Account of plague administration in the Bombay Presidency from September 1896 till May 1897
Year: 1896
Disease focus: Plague
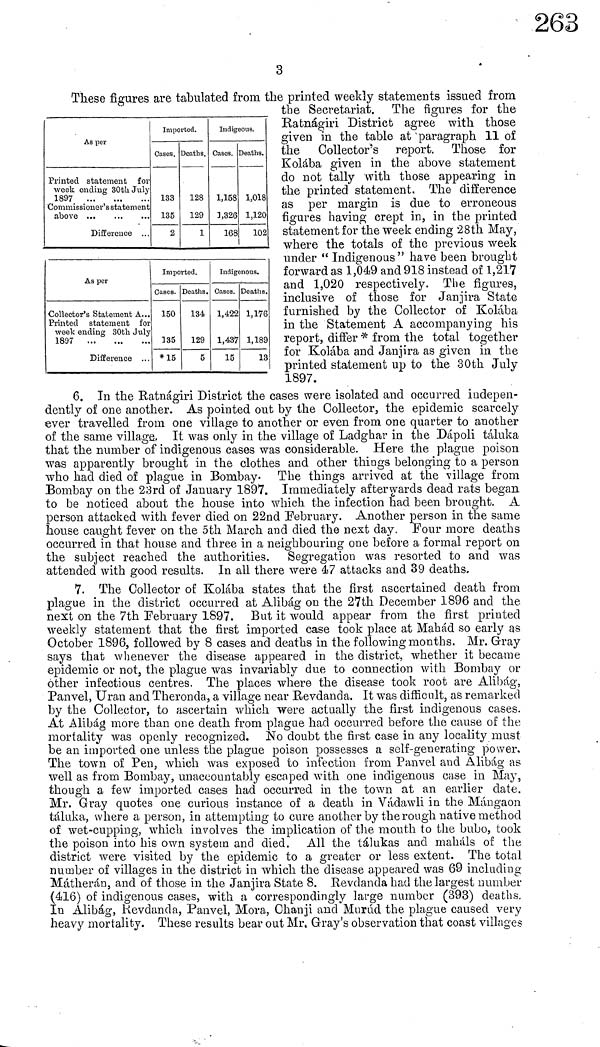
3
As pel-
Printed statement for
week ending 30th July
1897
'Commissioner's statement
above ...
Difference . . .
Imported.
Cases,
133
135
2
Deaths,
128
129
1
Indigeous.
Cases.
1,158
3,326
168
Deaths.
1,018
1,120
102
As per
•Collector's Statement A...
Printed statement for
week ending 30th July
1897
Difference . . .
Imported.
Cases.
150
135
*15
Deaths.
134
129
5
Indigenous.
Cases.
1,422
1,437
15
Deaths.
1,176
1,189
13
These figures are tabulated from the printed weekly statements issued from
the Secretariat. The figures for the
Ratnágiri District agree with those
given in the table at ' paragraph 11 of
the Collector's report. Those for
Kolába given in the above statement
do not tally with those appearing in
the printed statement. The difference
as per margin is due to erroneous
figures having crept in, in the printed
statement for the week ending 28th May,
where the totals of the previous week
under " Indigenous " have been brought
forward as 1,049 and 918 instead of 1,217
and 1,020 respectively. The figures,
inclusive of those for Janjira State
furnished by the Collector of Kolába
in the Statement A accompanying his
report, differ * from the total together
for Kolába and Janjira as given in the
printed statement up to the 30th July
1897.
6. In the Ratnágiri District the cases were isolated and occurred indepen-
dently of one another. As pointed out by the Collector, the epidemic scarcely
ever travelled from one village to another or even from one quarter to another
of the same village., It was only in the village of Ladghar in the Dápoli táluka
that the number of indigenous cases was considerable. Here the plague poison
was apparently brought in the clothes and other things belonging to a person
who had died of plague in Bombay- The things arrived at the village from
Bombay on the 23rd of January 1897. Immediately afterwards dead rats began
to be noticed about the house into which the infection had been brought. A
person attacked with fever died on 22nd February. Another person in the same
house caught fever on the 5th March and died the next day. Four more deaths
occurred in that house and three in a neighbouring one before a formal report on
the subject reached the authorities. Segregation was resorted to and was
attended with good results. In all there were a<7 attacks and 39 deaths.
7. The Collector of KoMba states that the first ascertained death from
plague in the district occurred at Alibág on the 27th December 1896 and the
next on the 7th February 1897. But it would appear from the first printed
weekly statement that the first imported case took place at Mahád so early as
October 1896, followed by 8 cases and deaths in the following months. Mr. Gray
says that whenever the disease appeared in the district, whether it became
epidemic or not, the plague was invariably due to connection with Bombay or
other infectious centres. The places where the disease took root are Alibág,
Panvel, Uran and Theronda, a village near Bevdanda. It was difficult, as remarked
by the Collector, to ascertain which were actually the first indigenous cases.
At Alibág more than one death from plague had occurred before the cause of the
mortality was openly recognized. No doubt the first case in any locality must
be an imported one unless the plague poison possesses a self-generating power.
The town of Pen, which was exposed to infection from Panvel and Alibág as
well as from Bombay, unaccountably escaped with one indigenous case in May,
though a few imported cases had occurred in the town at an earlier date.
Mr. Gray quotes one curious instance of a death in Vádawli in the Mángaon
táluka, where a person, in attempting to cure another by the rough native method
of wet-cupping, which involves the implication of the mouth to the bubo, took
the poison into his own system and died. All the tálukas and rnahals of the
district were visited by the epidemic to a greater or less extent. The total
number of villages in the district in which the disease appeared was 69 including
Mátherán, and of those in the Janjira State 8. Eevdanda had the largest number
(416) of indigenous cases, with a correspondingly large number (893) deaths.
In Alibág, Kevdancla, Panvel, Mora, Ohanji and Murad the plague caused very
heavy mortality. These results bear out Mr. Gray's observation that coast villages